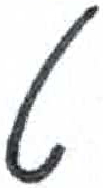
אות: ט